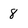
Character: 8